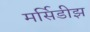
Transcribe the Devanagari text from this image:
मर्सिडीझ